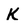
Character: K